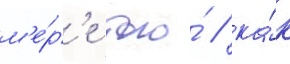
м'е́р'е того́ / ка́к